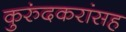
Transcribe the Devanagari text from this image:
कुरुंदकरांसह